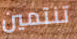
تنتمين